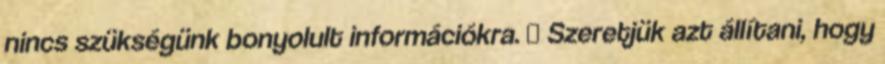
nincs szükségünk bonyolult információkra.  Szeretjük azt állítani, hogy